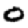
Digit: 0